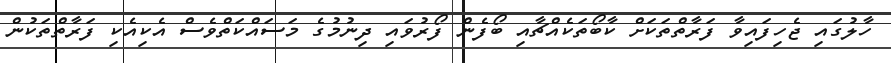
ހާލުގައި ޖެހިފައިވާ ފަރާތްތަކަށް ކާބޯތަކެއްޗާއި ބޯފެން ފޯރުވައި ދިނުމުގެ މަސައްކަތްވެސް އެކިއެކި ފަރާތްތަކުން